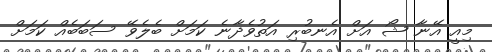
މިއީ އޭނާ ޝޯ އަށް އެނބުރި އަތުވެދާނެ ކަމަށް ބެލެވޭ ސަބަބެއް ކަމަށް